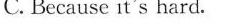
C. Because it's hard.